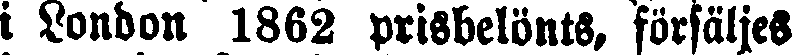
i London 1862 prisbelönts, försäljes